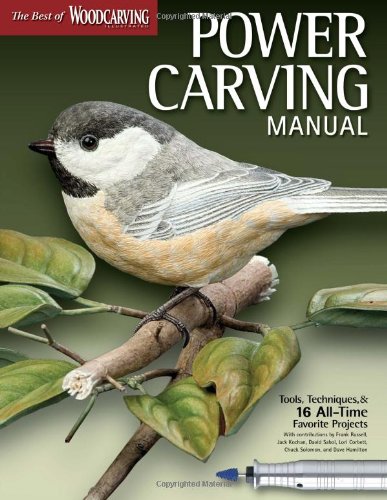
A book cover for Power Carving Manual: Tools, Techniques, and 16 All-Time Favorite Projects (The Best of Woodcarving Illustrated); Editors of Woodcarving Illustrated; Crafts, Hobbies & Home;